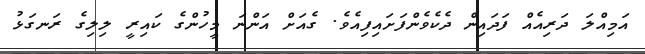
އަމިއްލަ ދަރިއެއް ފަދައިން ދެކެވެންފަށައިފިއެވެ. ގެއަށް އަންނަ މީހުންގެ ކައިރީ ލިލިގެ ރަނގަޅު